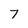
Character: 7